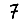
Digit: 7